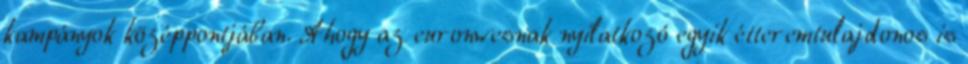
kampányok középpontjában. Ahogy az euronwesnak nyilatkozó egyik étteremtulajdonos is